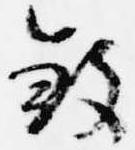
殺